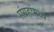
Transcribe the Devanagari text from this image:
संग्रहांमध्ये